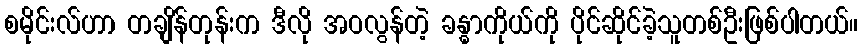
စမိုင်းလ်ဟာ တချိန်တုန်းက ဒီလို အဝလွန်တဲ့ ခန္ဓာကိုယ်ကို ပိုင်ဆိုင်ခဲ့သူတစ်ဦးဖြစ်ပါတယ်။